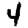
Digit: 4